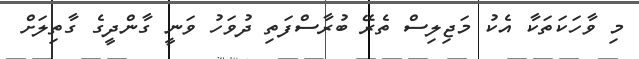
މި ވާހަކަތަކާ އެކު މަޖިލިސް ތެރޭ ބުރާސްފަތި ދުވަހު ވަނީ ގާންދީގެ ގާތިލަށް